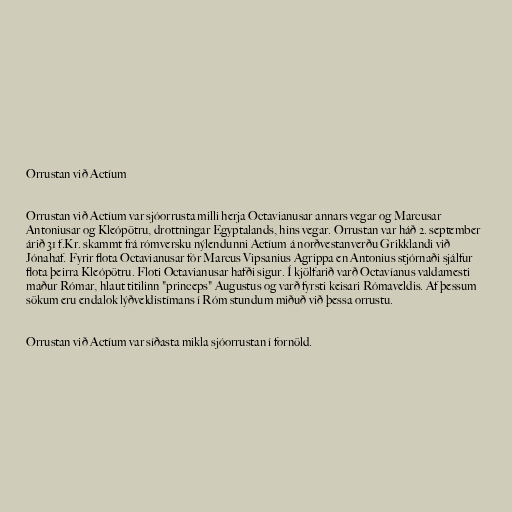
Orrustan við Actíum

Orrustan við Actíum var sjóorrusta milli herja Octavianusar annars vegar og Marcusar
Antoniusar og Kleópötru, drottningar Egyptalands, hins vegar. Orrustan var háð 2. september
árið 31 f.Kr. skammt frá rómversku nýlendunni Actíum á norðvestanverðu Grikklandi við
Jónahaf. Fyrir flota Octavianusar fór Marcus Vipsanius Agrippa en Antonius stjórnaði sjálfur
flota þeirra Kleópötru. Floti Octavianusar hafði sigur. Í kjölfarið varð Octavíanus valdamesti
maður Rómar, hlaut titilinn "princeps" Augustus og varð fyrsti keisari Rómaveldis. Af þessum
sökum eru endalok lýðveldistímans í Róm stundum miðuð við þessa orrustu.

Orrustan við Actíum var síðasta mikla sjóorrustan í fornöld.